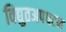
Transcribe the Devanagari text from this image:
विद्युतअपघटन